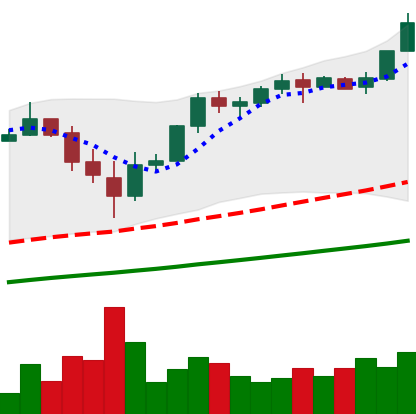
Ticker: BTC-USD
Chart end date: 2017-11-26
Forward return: 17.631%
Label: up_7plus